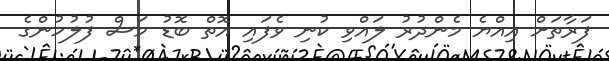
ފަރާތަށް އިއްޔެ މެންދުރު ލައްވި ކުނި ވެފައި އޮތް ބޮޑު މަސް ފުލުހުންގެ